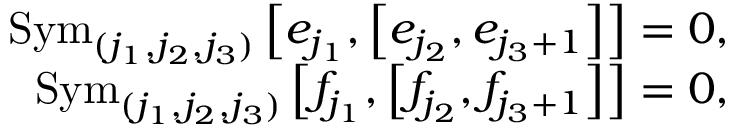
\begin{array} { r l r } & { } & { \mathrm { S y m } _ { ( j _ { 1 } , j _ { 2 } , j _ { 3 } ) } \left[ e _ { j _ { 1 } } , \left[ e _ { j _ { 2 } } , e _ { j _ { 3 } + 1 } \right] \right] = 0 , } \\ & { } & { \mathrm { S y m } _ { ( j _ { 1 } , j _ { 2 } , j _ { 3 } ) } \left[ f _ { j _ { 1 } } , \left[ f _ { j _ { 2 } } , f _ { j _ { 3 } + 1 } \right] \right] = 0 , } \end{array}